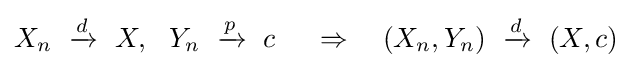
X_{n}\ \xrightarrow {d} \ X,\ \ Y_{n}\ \xrightarrow {p} \ c\ \quad \Rightarrow \quad (X_{n},Y_{n})\ \xrightarrow {d} \ (X,c)